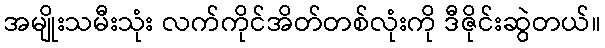
အမျိုးသမီးသုံး လက်ကိုင်အိတ်တစ်လုံးကို ဒီဇိုင်းဆွဲတယ်။